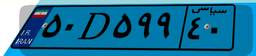
۵۰D۵۹۹۴۰